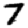
Digit: 7